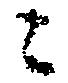
ニ